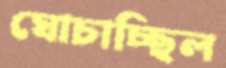
ঘোচাচ্ছিল